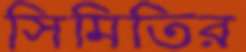
সিমিতির